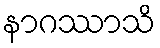
နာဂဿာသိ